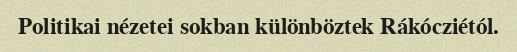
Politikai nézetei sokban különböztek Rákócziétól.